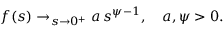
f ( s ) \to _ { s \to 0 ^ { + } } a \, s ^ { \psi - 1 } , \quad a , \psi > 0 .